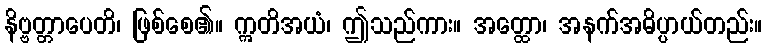
နိဗ္ဗတ္တာပေတိ၊ ဖြစ်စေ၏။ ဣတိအယံ၊ ဤသည်ကား။ အတ္ထော၊ အနက်အဓိပ္ပာယ်တည်း။